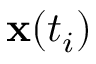
{ \bf x } ( t _ { i } )